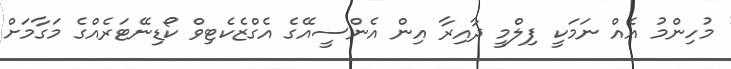
މުހިންމު އެއް ނަމަކީ ފިލްމީ ދާއިރާ އިން އެންސީއޭގެ އެގްޒެކެޓިވް ކޯޑިނޭޓަރެއްގެ މަގާމަށް